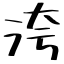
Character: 洿